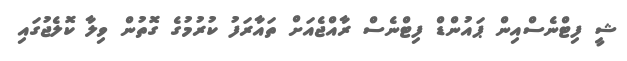
ޝީ ފިޓްނެސްއިން ޕައުންޑް ފިޓްނެސް ރާއްޖެއަށް ތައާރަފު ކުރުމުގެ ގޮތުން ވިލާ ކޮލެޖުގައި